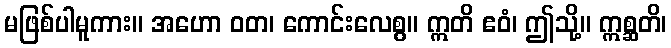
မဖြစ်ပါမူကား။ အဟော ဝတ၊ ကောင်းလေစွ။ ဣတိ ဧဝံ၊ ဤသို့။ ဣစ္ဆတိ၊